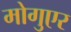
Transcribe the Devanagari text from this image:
मोगुएर